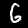
Digit: 6